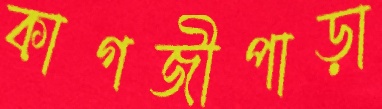
কাগজীপাড়া